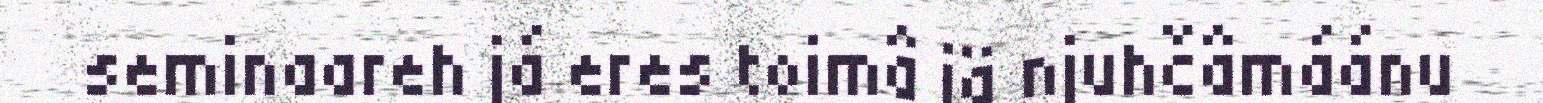
seminaareh já eres toimâ iä njuhčâmáánu